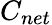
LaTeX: C_{net}